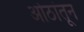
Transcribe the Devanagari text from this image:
ओठांतून